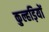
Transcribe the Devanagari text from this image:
कुल्हड़ियों